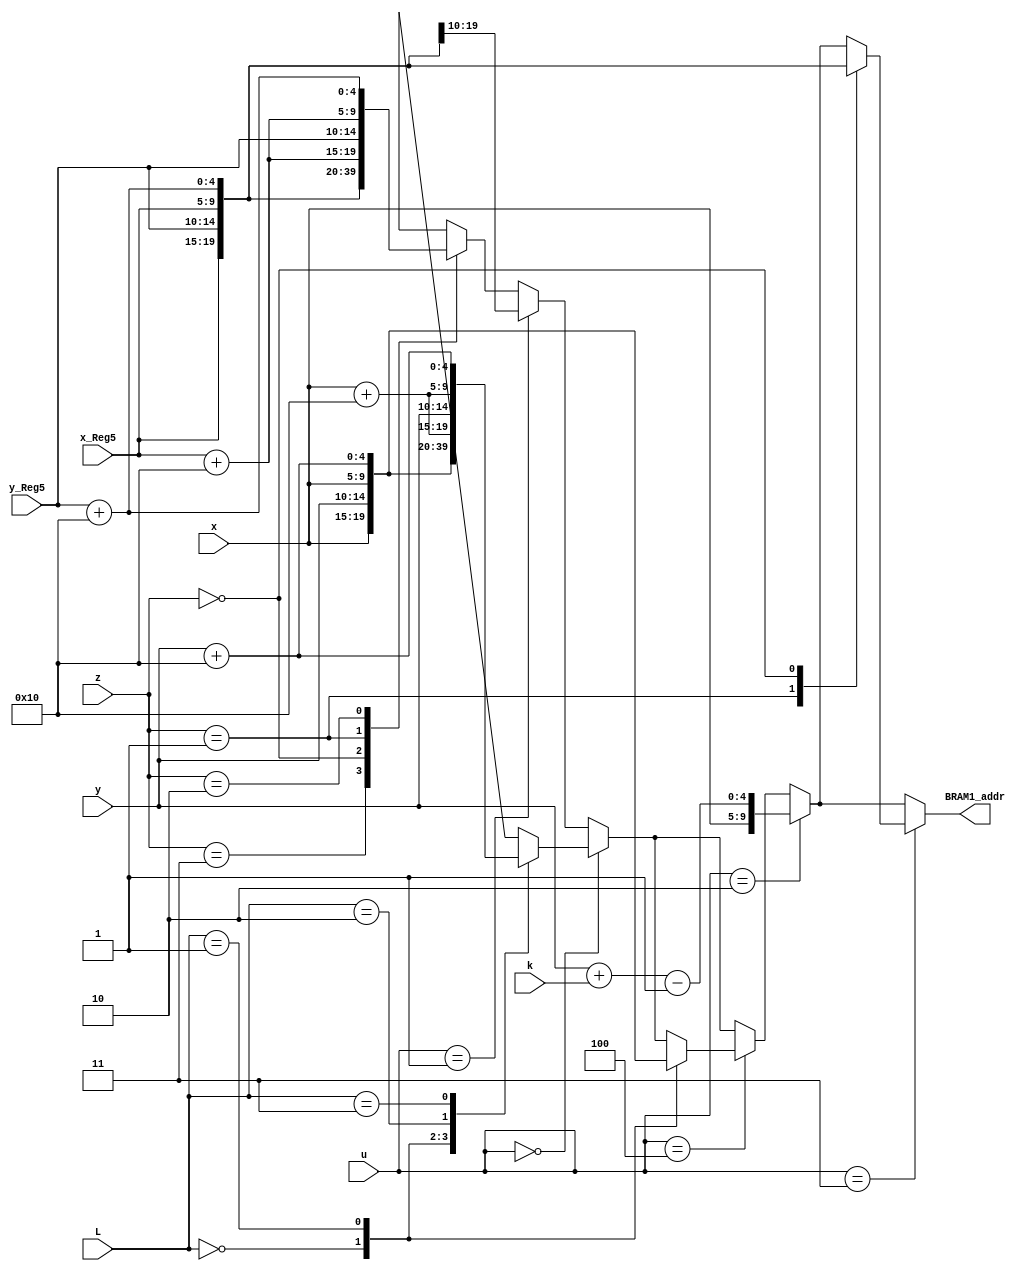
module BRAM1_address_L8(BRAM1_addr,x_Reg5,y_Reg5,x,y,z,u,L,k);
output reg [9:0] BRAM1_addr;
input [1:0] z;
input [2:0] u;
input [4:0] x_Reg5,y_Reg5,x,y;
input [1:0]L,k;

always @ (*)
begin
	case (z)
			2'b11: BRAM1_addr={x_Reg5,y_Reg5}; 
			2'b00: BRAM1_addr={x_Reg5,y_Reg5+5'b10000}; 
			2'b01: BRAM1_addr={x_Reg5+5'b10000,y_Reg5}; 
			2'b10: BRAM1_addr={x_Reg5+5'b10000,y_Reg5+5'b10000}; 
	endcase	
	if(u==1)
		BRAM1_addr={x_Reg5,y_Reg5}; 			
	case (u==0)
		1: case(L)
				2'b00: BRAM1_addr={x,y}; 
				2'b01: BRAM1_addr={x,y+5'b10000};
                2'b10: BRAM1_addr={x+5'b10000,y};
                2'b11: BRAM1_addr={x+5'b10000,y+5'b10000};

			endcase
	endcase
    case (u==4)
            1: case(L)
                    2'b00: BRAM1_addr={x,y}; 
                    2'b01: BRAM1_addr={x,y+5'b10000}; 
                endcase
        endcase
    if (u==2)        
        BRAM1_addr={x,y+k-5'b00001};                   
	case (u==3)
		1: case(z)
				2'b01: BRAM1_addr={x_Reg5,y_Reg5}; 
				2'b00: BRAM1_addr={x_Reg5,y_Reg5+5'b10000}; 
			endcase
	endcase		
end
endmodule